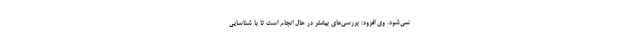
نمی‌شود. وی افزود: بررسی‌های بیشتر در حال انجام است تا با شناسایی